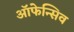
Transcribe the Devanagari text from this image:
ऑफेन्सिव